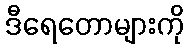
ဒီရေတောများကို